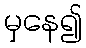
မှနေ၍